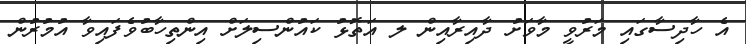
އެ ހާދިސާގައި މަރުވީ މާވަށު ދާއިރާއިން ލ އަތޮޅު ކައުންސިލަށް އިންތިހާބުވެފައިވާ އުމުރުން